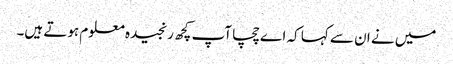
میں نے ان سے کہا کہ اے چچا آپ کچھ رنجیدہ معلوم ہوتے ہیں۔